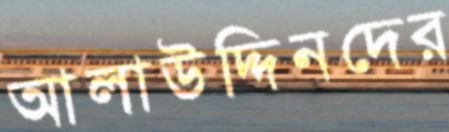
আলাউদ্দিনদের